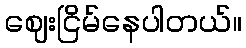
ဈေးငြိမ်နေပါတယ်။